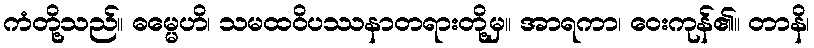
ကံတို့သည်။ ဓမ္မေဟိ၊ သမထဝိပဿနာတရားတို့မှ။ အာရကာ၊ ဝေးကုန်၏။ တာနိ၊